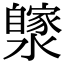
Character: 𤂼